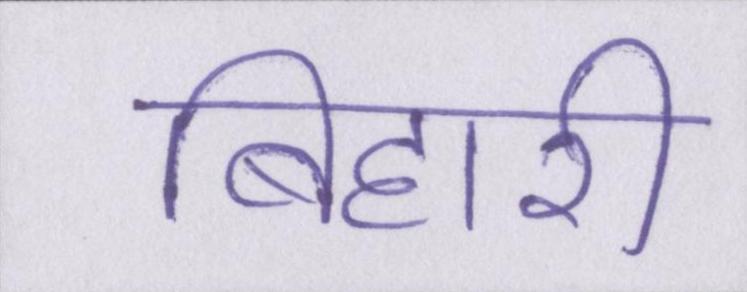
बिहारी